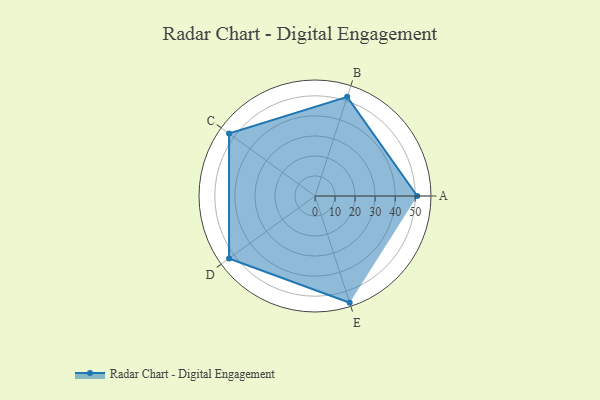
{"axis": {"x": "Skill", "y": "Score"}, "legend": ["Profile"], "data": [{"x": "A", "y": 51.0, "type": "Profile"}, {"x": "B", "y": 52.0, "type": "Profile"}, {"x": "C", "y": 53.0, "type": "Profile"}, {"x": "D", "y": 53.0, "type": "Profile"}, {"x": "E", "y": 56.0, "type": "Profile"}]}